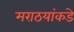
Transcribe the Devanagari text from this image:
मराठयांकडे